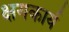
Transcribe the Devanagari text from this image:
क्षयकार्य